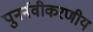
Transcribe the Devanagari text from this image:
पुनर्नवीकरणीय